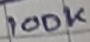
Text: 100K